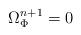
LaTeX: \begin{align*}\Omega_{\Phi}^{n+1}=0\end{align*}